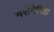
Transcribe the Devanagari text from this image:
मर्सेनेरिस़